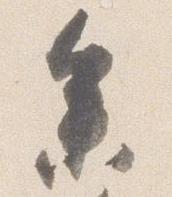
参